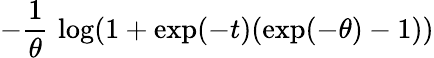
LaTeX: -{\frac{1}{\theta}}\, \log(1+\exp(-t)(\exp(-\theta)-1))